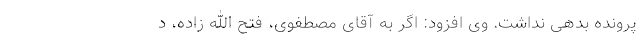
پرونده بدهی نداشت. وی افزود: اگر به آقای مصطفوی، فتح الله زاده، د